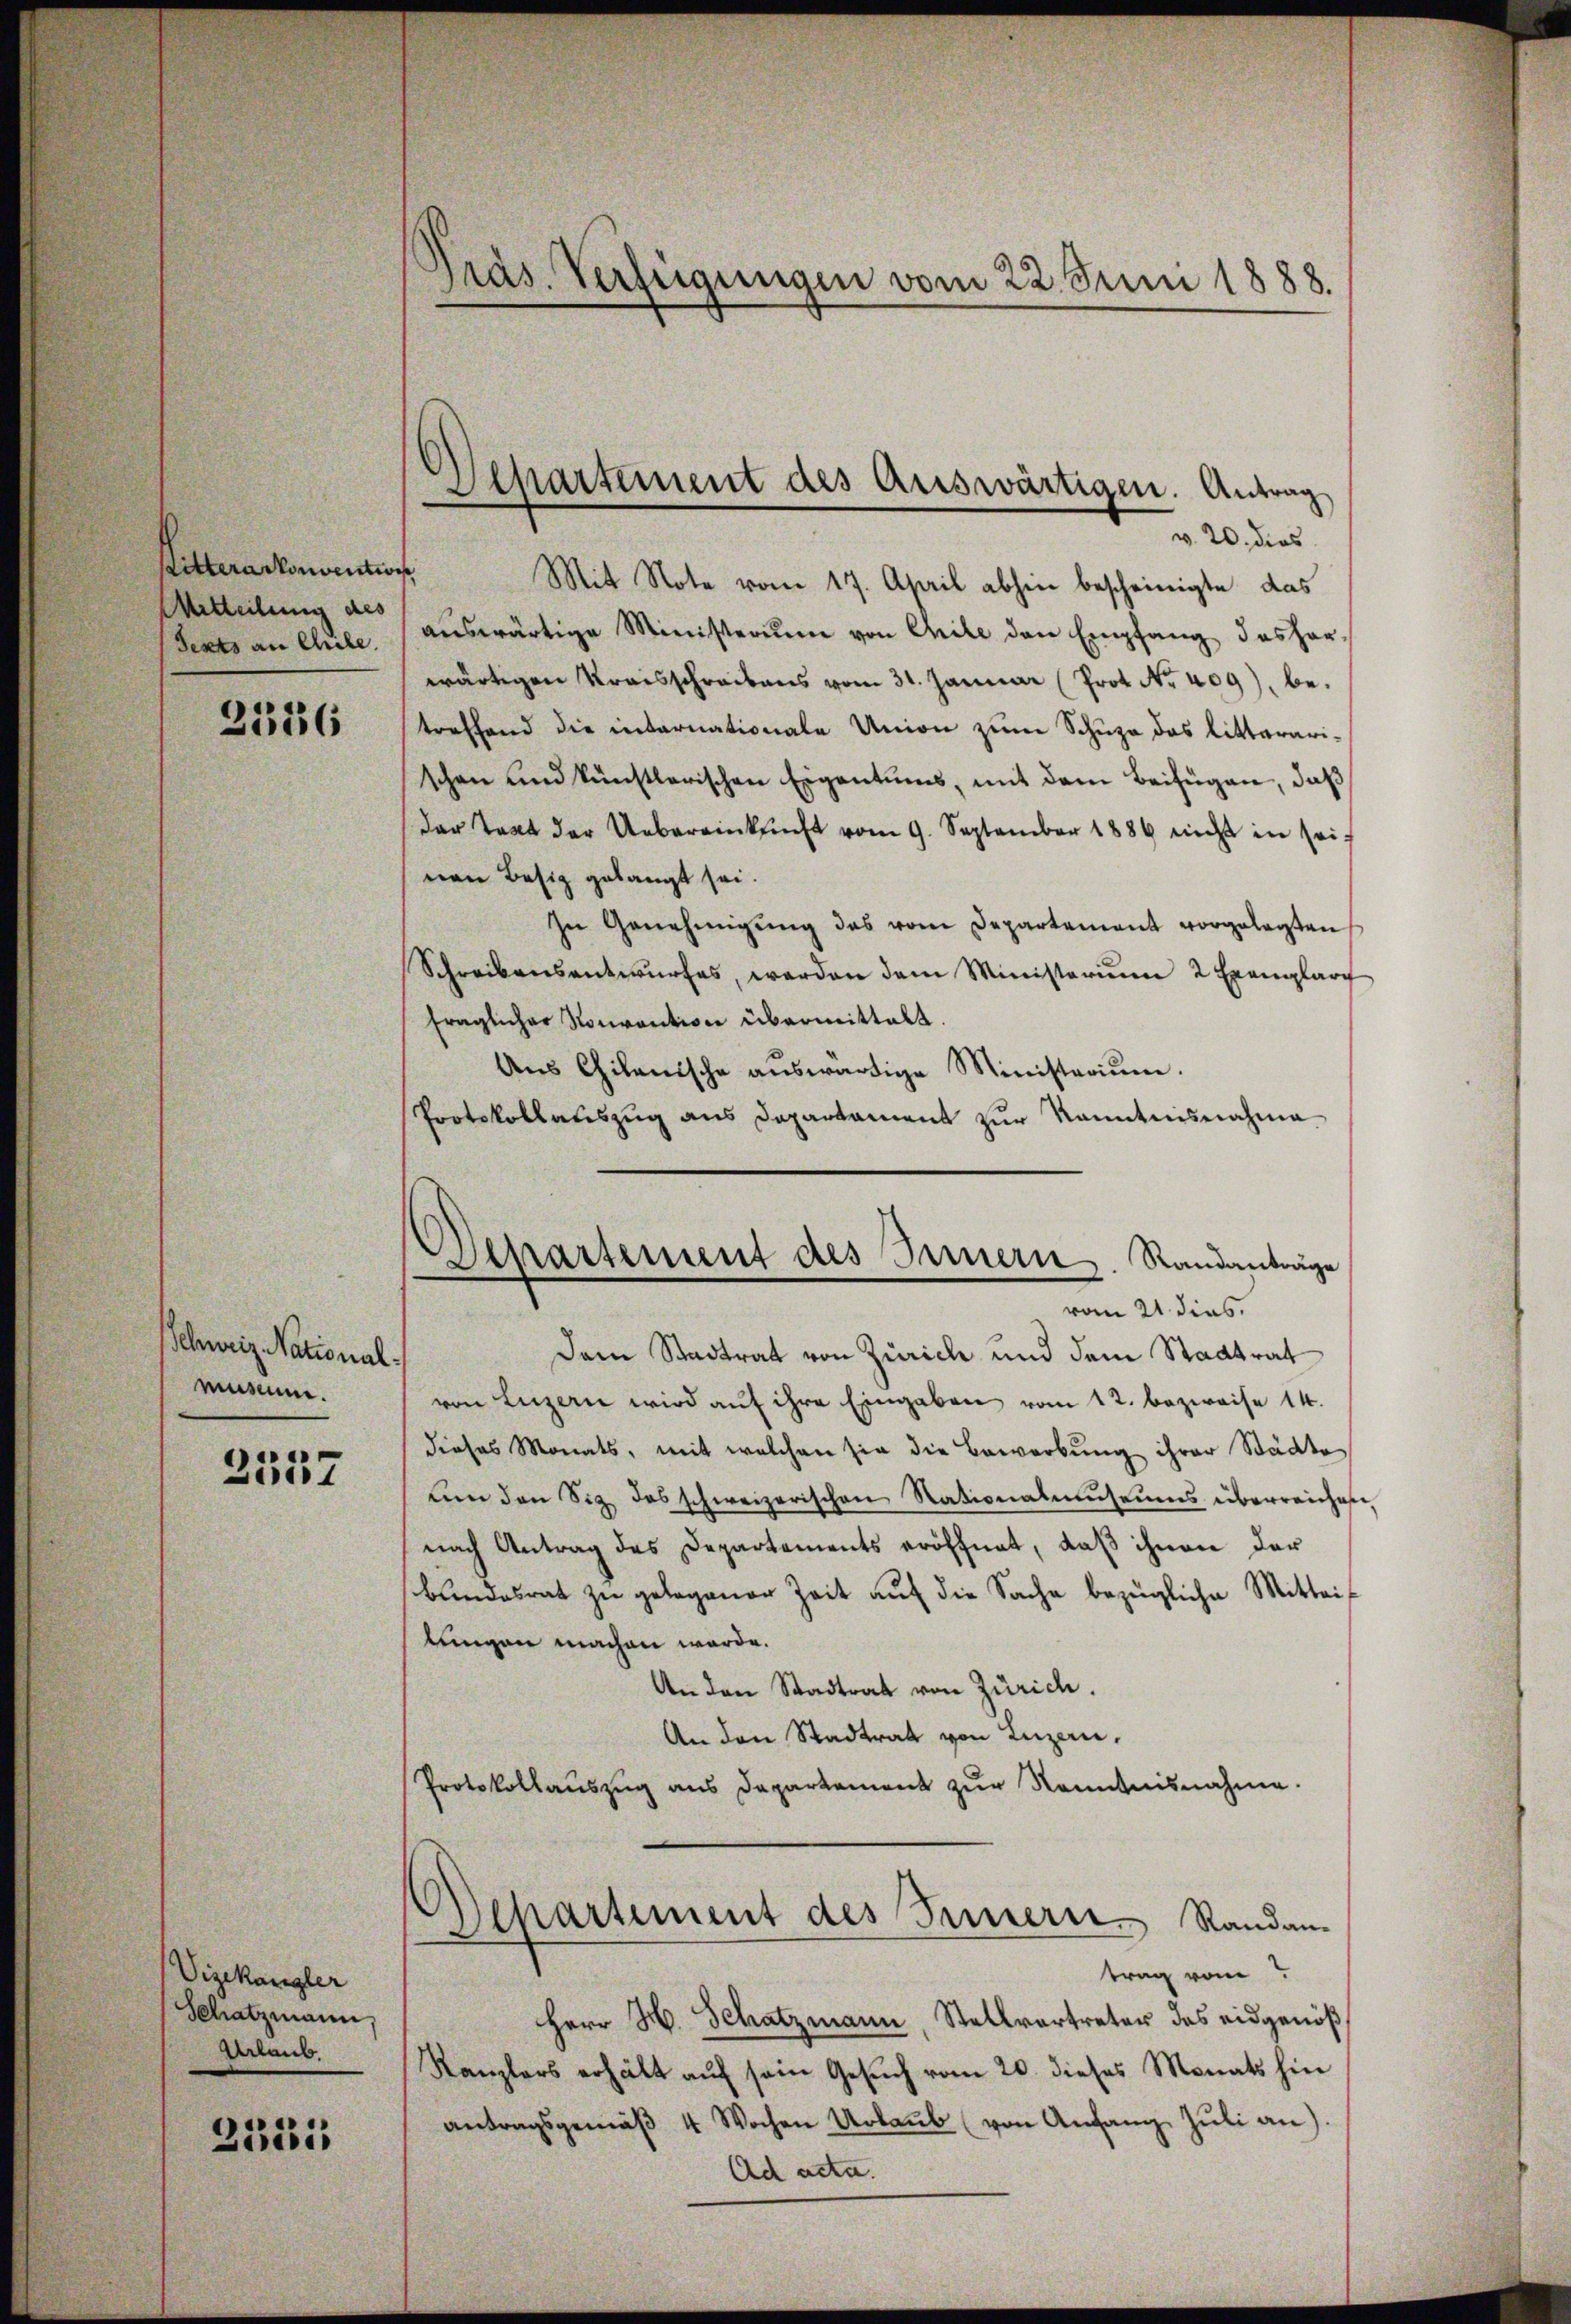
Litterarkonvention
Mitteilung des
Fests an Chile.

2336

Schweiz Nationalmuseum.

2557

Vizekangler
Schatzmann,
Urlaub.

2121

Präs. Verfügungen vom 22. Juni 1888.

v. 20. dies
Mit Note vom 17. April abhin bescheinigte das
aŭswärtige Ministerim von Chile den Empfang des har-
wärtigen Kraisschreibens vom 31. Januar (Prot. Nr. 409), betreffend die internationale Union zum Schuze das litterarischen und künstlerischen Eigentums, mit dem Beifügen, daß
der Text der Uebereinkunft vom 9. September 1884 nicht in sei-
nen Besiz gelangt sei.
In Genehmigŭng des vom Departement vorgelegten
Schreibensentwŭrfes, werden dem Ministerium 2 Exemplar
fraglicher Konvention übermittelt.
Ans Chilenische aŭswärtige Ministerium.
Protokollauszug aus Departament zur Kenntnisnahma¬

Departement des Auswärtigen. Antrag

Departement des Innern. Standanträge
vom 21. dies

Dem Stadtrat von Zürich und dem Stadtrat
von Luzern wird auf ihre Eingaben vom 12. bezweise 14.
dieses Monats, mit welchen sie die Bewerbung ihrer Städte
um den Siz des schweizerischen Nationalmuseums überreichnen,
nach Antrag des Departements eröffnet, daß ihnen der
bundesrat zu gelegener Zeit auf die Sache bezügliche Mittei-
lungen machen werde.
An den Stadtrat von Zürich.
An den Stadtrat von Luzern,
Protokollauszug aus Dapartement zur Kenntnisnahme.

Departement des Innern Randantrag vom

Herr H. Schatzmann, Stellvertreter das eidgenöß
Kanzlers erhält aŭf sein Gesŭch vom 20. dieses Monats hin
antragsgemäβ 4 Wochen Urlaŭb (von Anfang Jŭli an)
Ad acta.